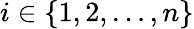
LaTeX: i\in\{ 1,2,\dots,n\}